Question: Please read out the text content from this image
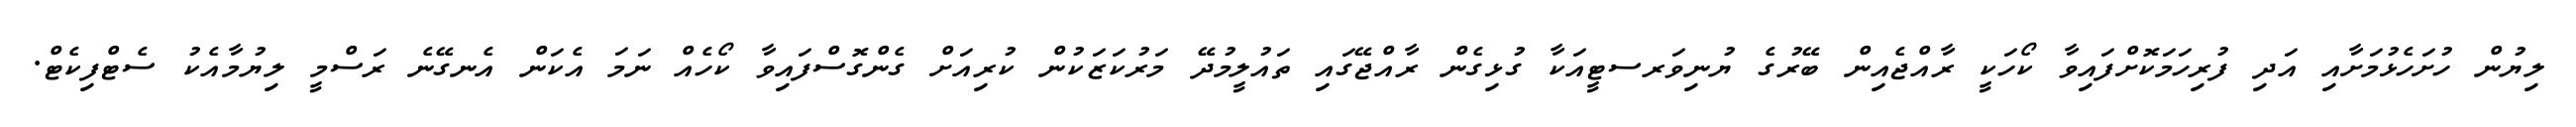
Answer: ލިޔުން ހުށަހެޅުމަށާއި އަދި ފުރިހަމަކޮށްފައިވާ ކޯހަކީ ރާއްޖެއިން ބޭރުގެ ޔުނިވަރސޓީއަކާ ގުޅިގެން ރާއްޖޭގައި ތައުލީމުދޭ މަރުކަޒަކުން ކުރިއަށް ގެންގޮސްފައިވާ ކޯހެއް ނަމަ އެކަން އެނގޭނެ ރަސްމީ ލިޔުމާއެކު ސެޓްފިކެޓް.